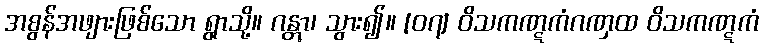
အစွန်အဖျားဖြစ်သော ရွာသို့။ ဂန္တွာ၊ သွား၍။ [၀၇] ဝိသကဏ္ဋကံဂဏှထ ဝိသကဏ္ဋကံ